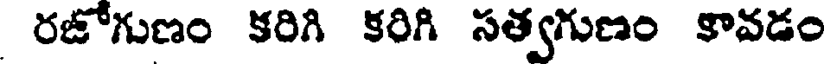
రజోగుణం కరిగి కరిగి సత్వగుణం కావడం